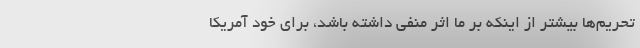
تحریم‌ها بیشتر از اینکه بر ما اثر منفی داشته باشد، برای خود آمریکا